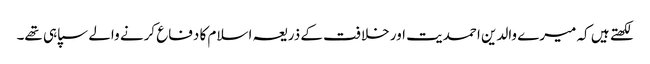
لکھتے ہیں کہ میرے والدین احمدیت اور خلافت کے ذریعہ اسلام کا دفاع کرنے والے سپاہی تھے۔